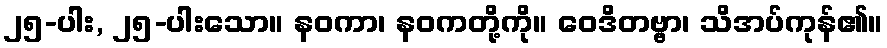
၂၅-ပါး, ၂၅-ပါးသော။ နဝကာ၊ နဝကတို့ကို။ ဝေဒိတဗ္ဗာ၊ သိအပ်ကုန်၏။